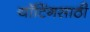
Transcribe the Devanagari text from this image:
यॉटिंगसाठी